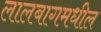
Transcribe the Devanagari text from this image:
लालबागमधील